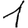
Digit: 1